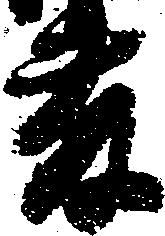
藤